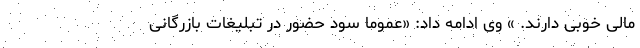
مالی خوبی دارند. » وی ادامه داد: «عموما سود حضور در تبلیغات بازرگانی